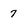
Character: 7